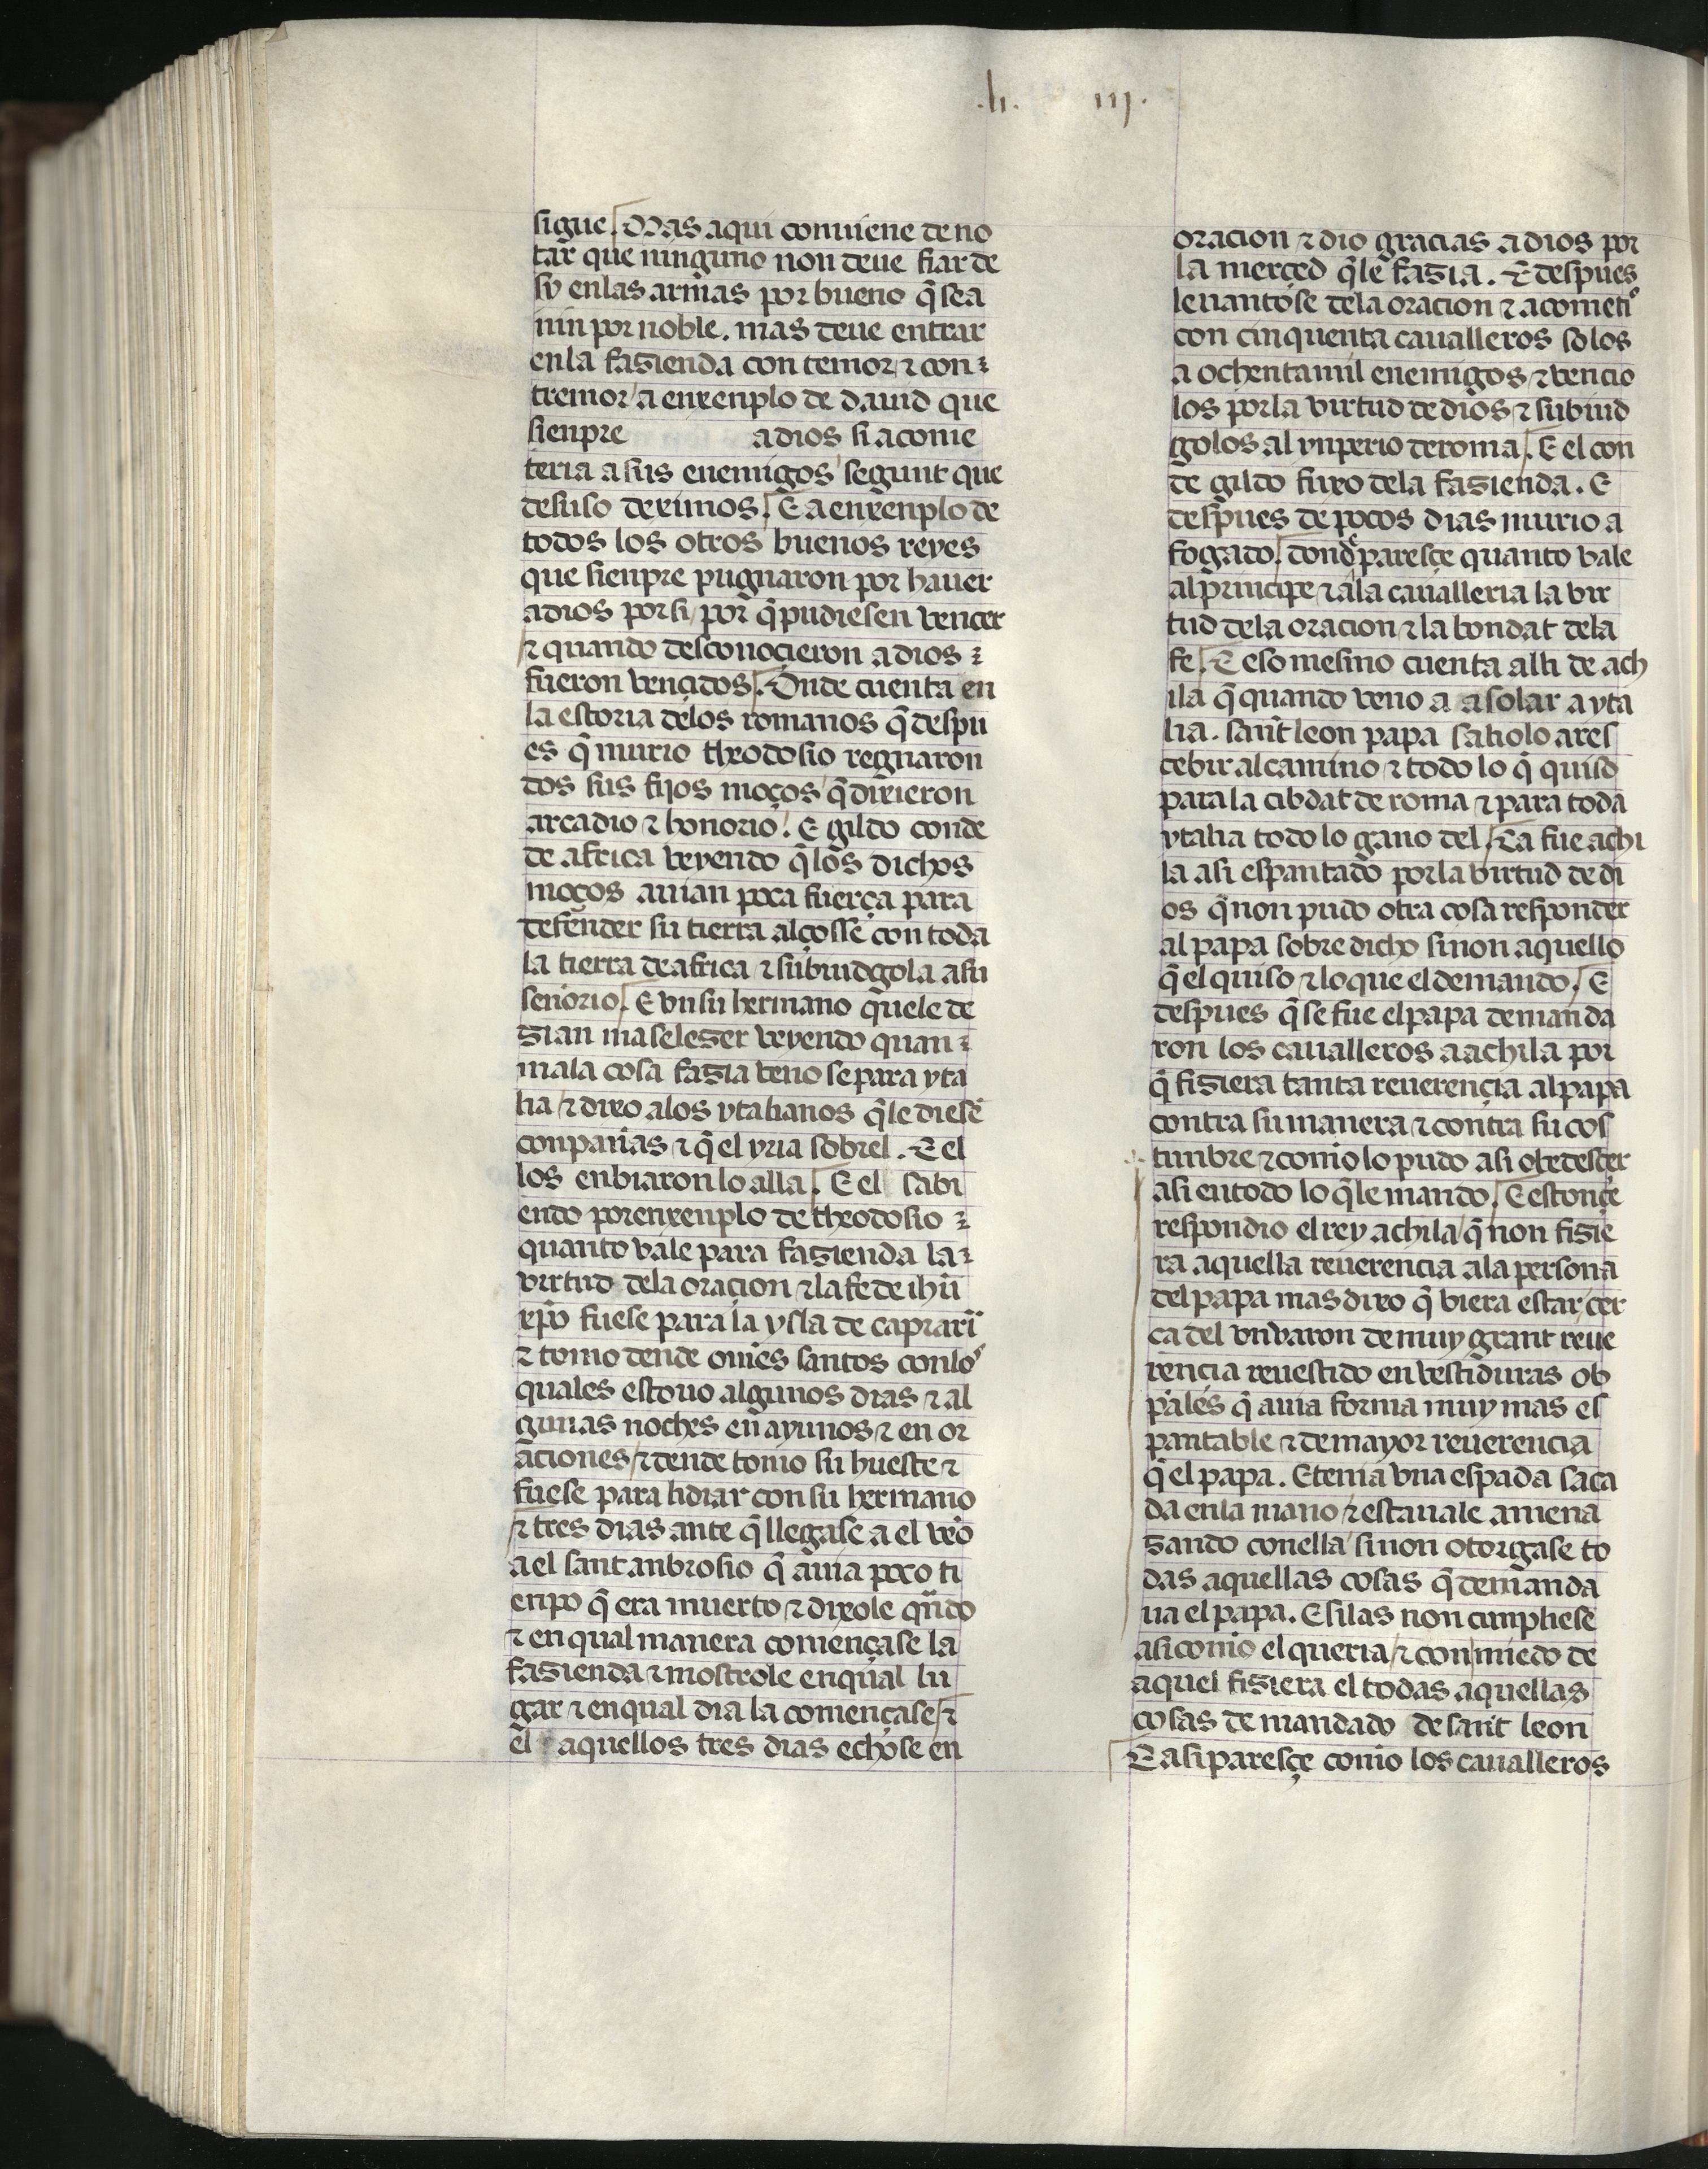
Shelfmark: Madrid, Fundación Lázaro Galdiano, mss 289
Century: 15